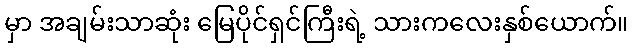
မှာ အချမ်းသာဆုံး မြေပိုင်ရှင်ကြီးရဲ့ သားကလေးနှစ်ယောက်။